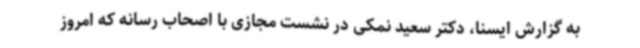
به گزارش ایسنا، دکتر سعید نمکی در نشست مجازی با اصحاب رسانه که امروز